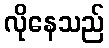
လိုနေသည်